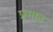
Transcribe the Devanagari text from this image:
प्रगात